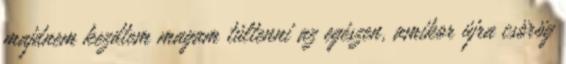
majdnem kezdtem magam túltenni az egészen, amikor újra csörög